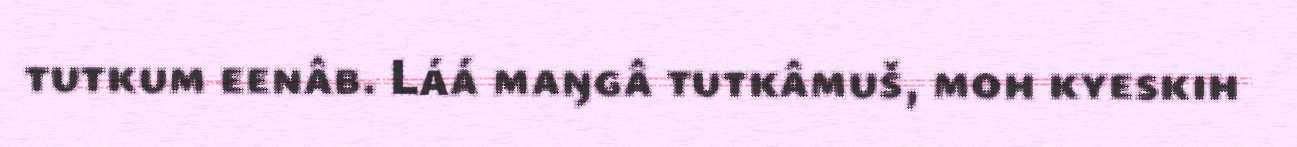
tutkum eenâb. Láá maŋgâ tutkâmuš, moh kyeskih